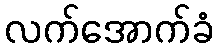
လက်အောက်ခံ